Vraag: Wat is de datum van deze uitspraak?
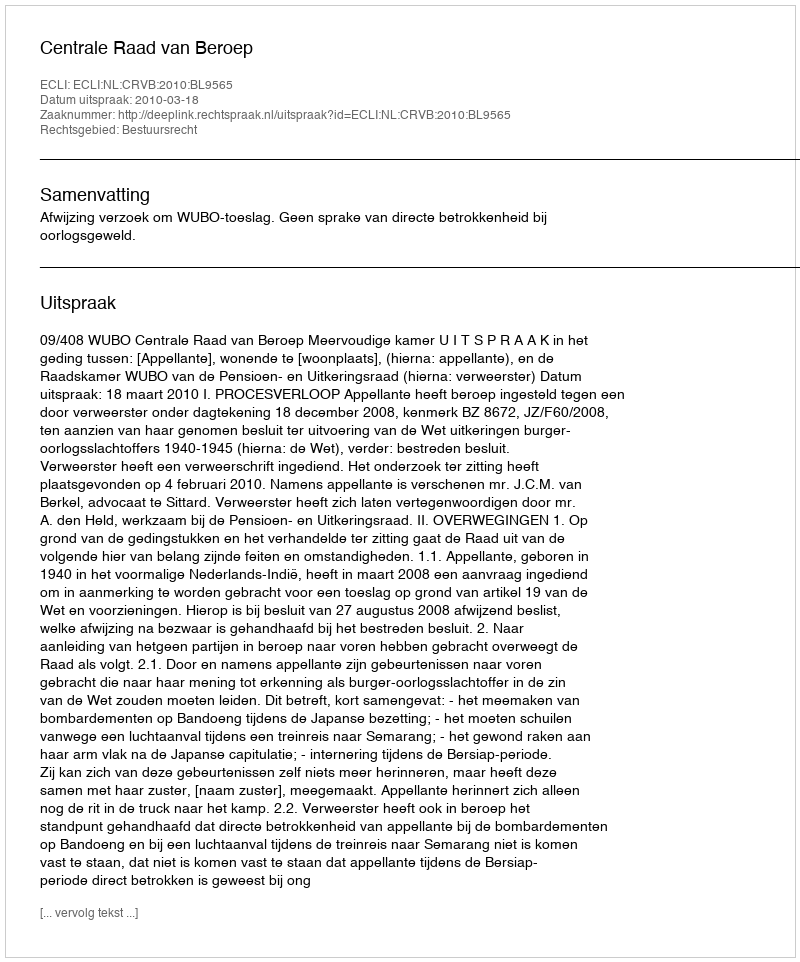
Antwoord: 2010-03-18